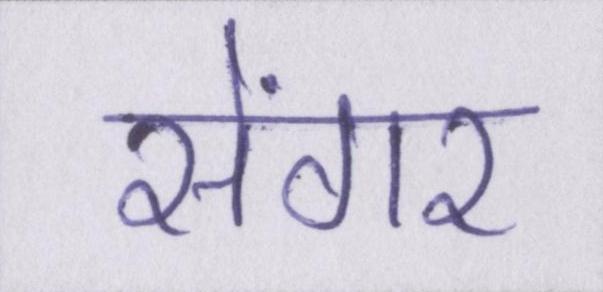
सेंगर